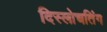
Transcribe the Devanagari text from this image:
दिस्लोचतिंग